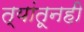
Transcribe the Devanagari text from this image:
त्यांतूनही